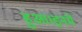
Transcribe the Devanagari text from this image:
हुआ।इनमें